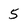
Character: 5